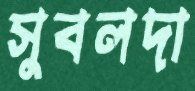
সুবলদা